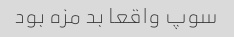
سوپ واقعا بد مزه بود